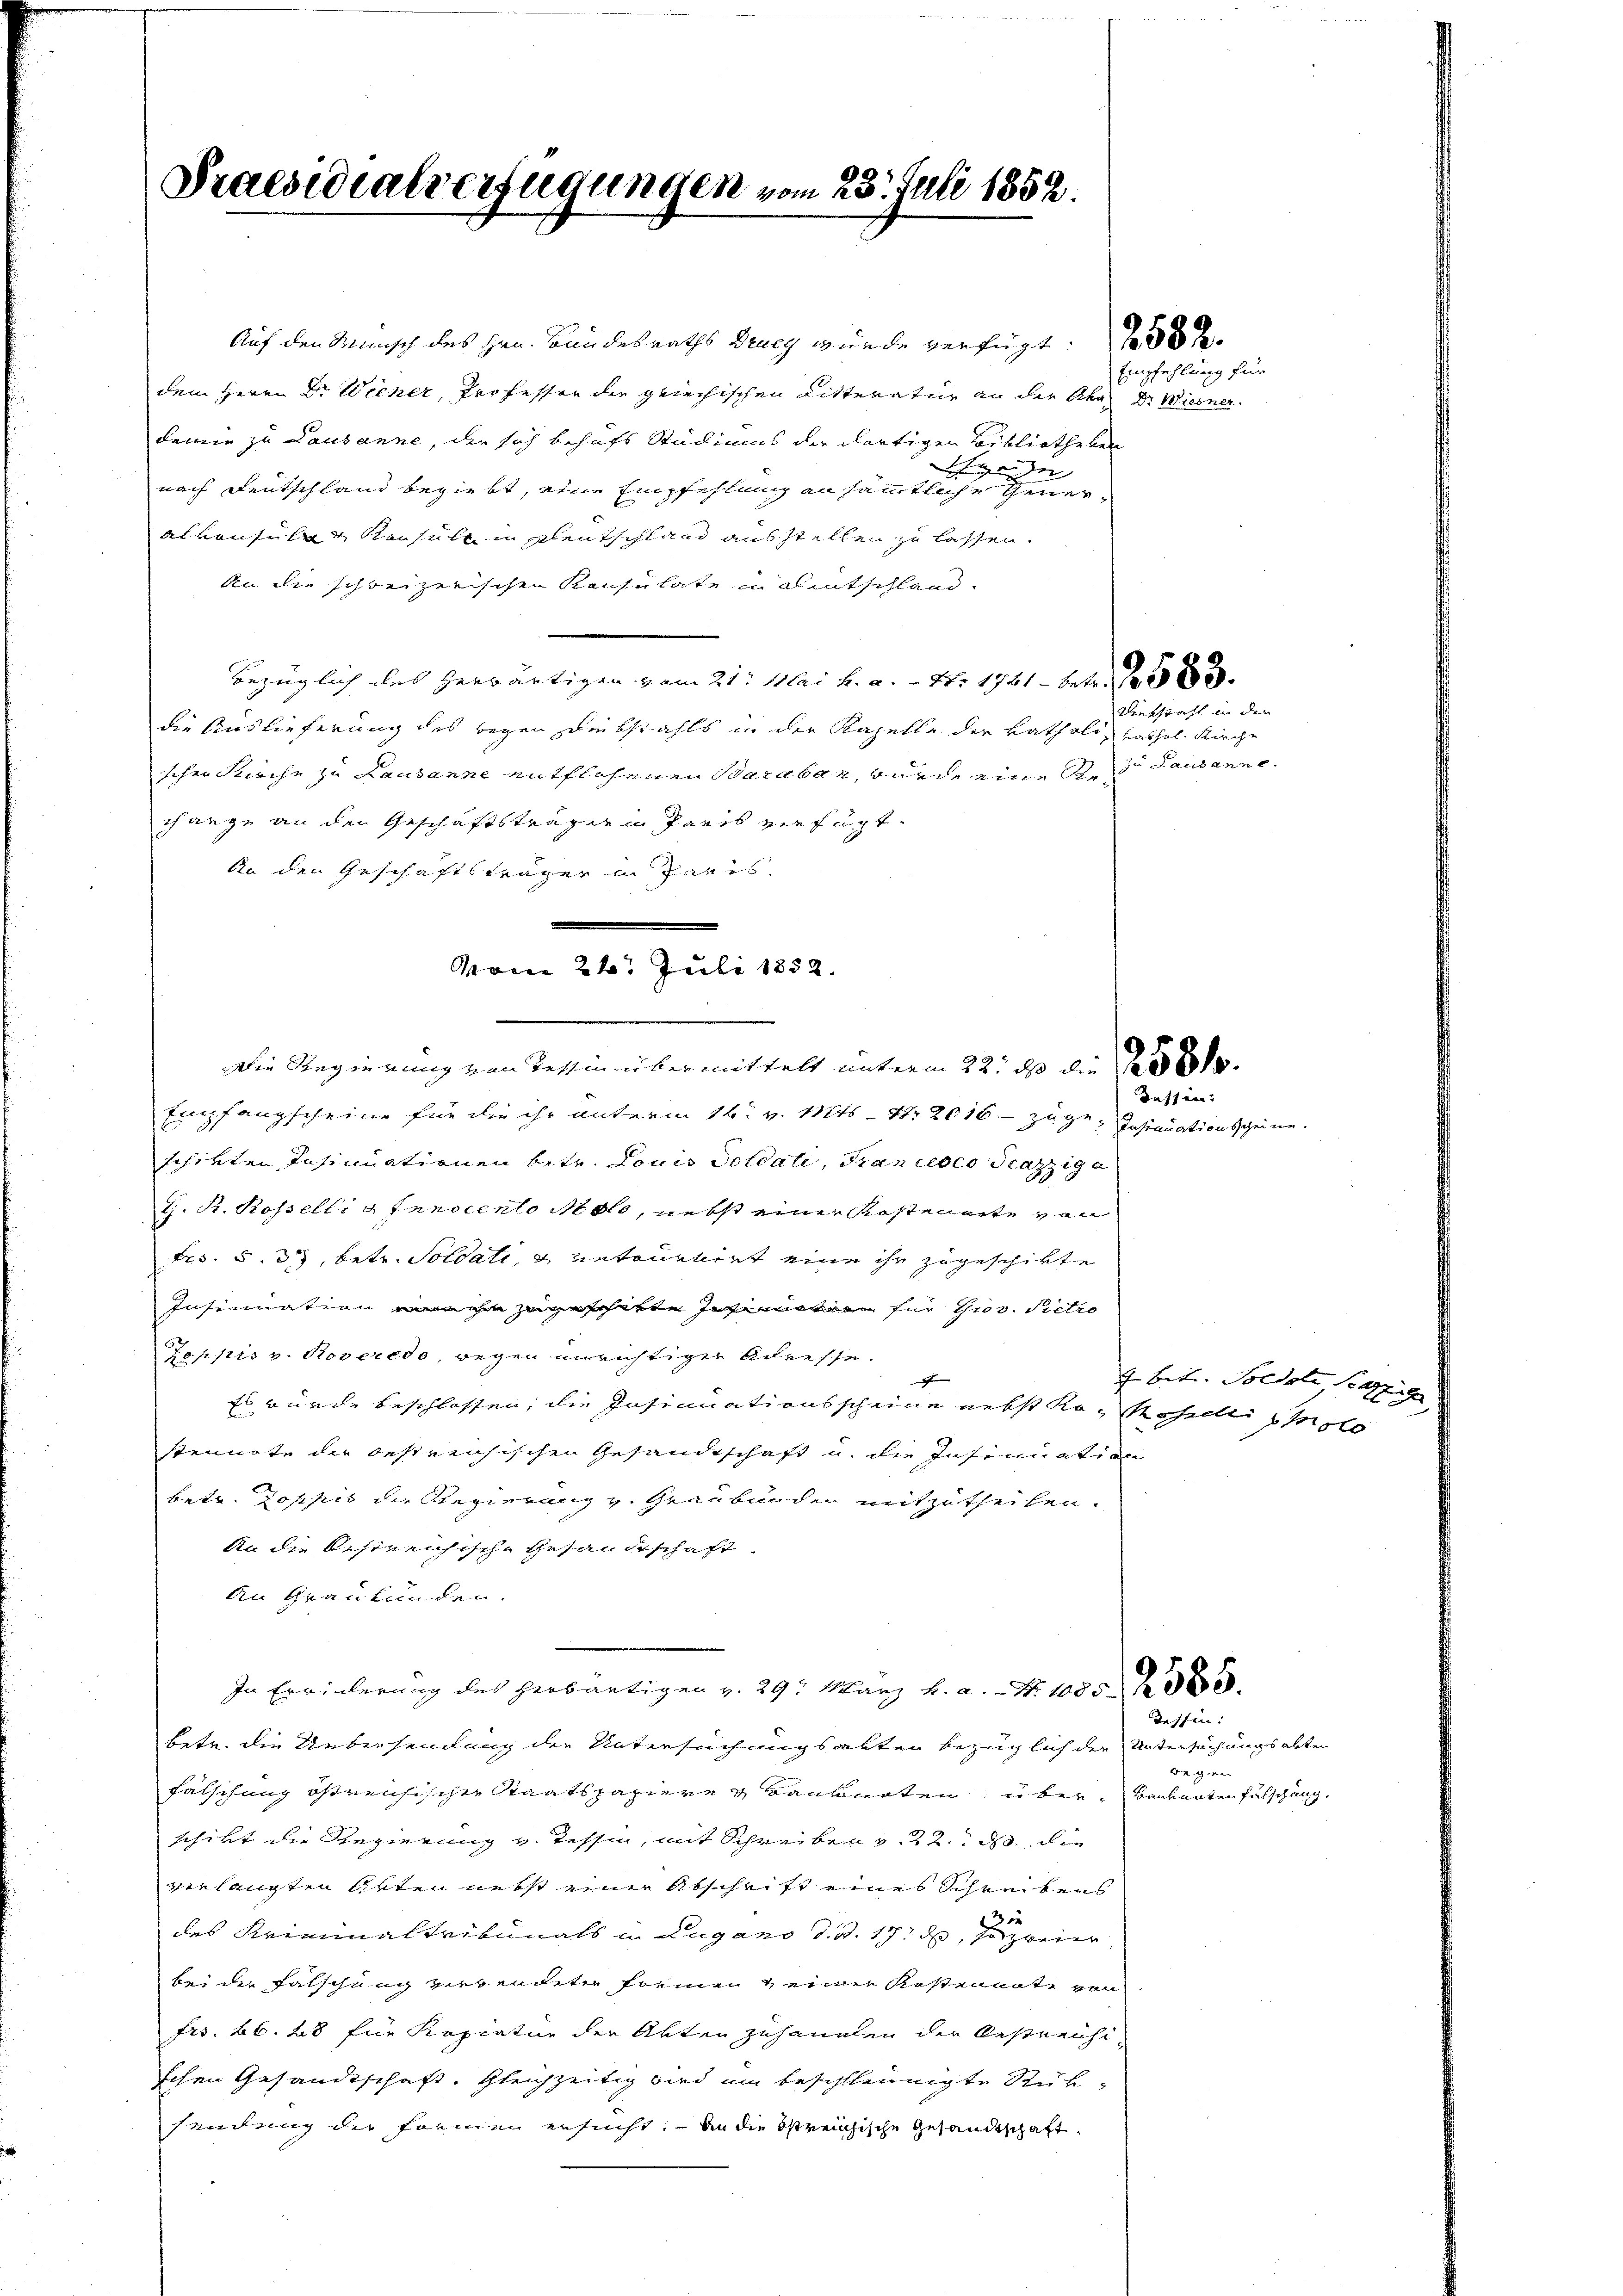
Praesidialverfügungen vom 23. Juli 1852.

Auf den Wunsch des Hrn. Bandesraths Drueg wurde verfügt : 30 x
dem Herrn Dr Wecker, Professor die griechischen Litteratur an der Aka Dr. Wiesner
demie zu Lausanne, die sich behufs Studiums der dortigen Bibliotheken
hiede
nach Deutschland begiebt, eine Empfehlung an sämtliche Geweral vonsulen Kausale in Alentschland ausstellen zu lassen.
An die schweizerischen Kaise late in eintschlandbezüglich des herwärtigen vom 21. Mai h. a. .. N. 1761 betr.
die Auslieferung des begen Diebstahls in der Kapelle der katholis kathol. Kirche
schen Kirche zu Lausanne entflohenen Baraben, würde eine Rede Lausanne.
change an den Geschäftsträger in Paris verfügt.
An den Geschäftsträger in Pares,
Empfangscheine für die ihr unterm 16. v. Mts. Nr. 2016 - zuge-Insinuationsscheine
schikten Insinuationen betr. Louis Soldali, Francesco Scazziga
t. Fr. Rossellig fanocento Molo, nebst einer Kostenarte von
Frs. S. 33, betr. Soldate, u retournirt eine ihr zugeschikte
Insinuation an ihm zugeschikte Interneren für Gros. Pietro
Zoppis v. Roveredo, wegen anrichtiger Adesse.

Es würde beschlossen, die Insinuationsscheine nebst Kochelli co
stennote der bestreichischen Gesandtschaft u. die Insinuation
betr. Zoppis die Regierung v. Graubünden mitzutheilen.
An die bestreusische Gesandtschaft
An Graubünden.
In Erwinderung des Herbärtigen v. 29. März h. a. Nr. 1085. 2085.
betr. die Uebersendung der Untersuchungsakten bezüglich der Untersuchungsabten
Fälschung östreichischen Staatspapiere Banknoten über, Badenaten Fälschung.
schikt die Regierung v. Tessin, mit Schreiben v. 22. ds die
verlangten Arten nebst einer Abschrift eines Schreibens
3 xx
des Kriminaltribunals in Lugano d. d. 17. d, so zweier
bei der Falschung vergendeter Formen & einer Kostennate von
Frs. 66. 28 für Kopiatur der Akten zuhandlen der Oestreichischen Gesandtschaft. Gleichzeitig wird um beschleunigte Rüksendung der Formen ersucht. An die Streichische Gesandtschaft

vom 24. Juli 1852.
Die Regierung von Tessin über mittelt unterm 22., daß die Proto¬

Diebstahl in den

Empfehlung für

dessen:

4 betr. Soldate Sache

Tessin:
g